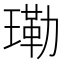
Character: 𤨕